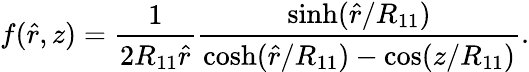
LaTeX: f(\hat{r},z)=\frac{1}{2R_{11}\hat{r}}\frac{\sinh(\hat{r}/R_{11})}{\cosh(\hat{r}/R_{11})-\cos(z/R_{11})}.